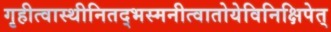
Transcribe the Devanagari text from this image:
गृहीत्वास्थीनितद्भस्मनीत्वातोयेविनिक्षिपेत्